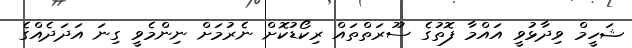
ޝަހީމް ވިދާޅުވީ އައްމާ ފޮތުގެ ސޫރަތްތައް ރިކޯޑުކޮށް ނެރުމަށް ނިންމެވީ ގިނަ އަދަދެއްގެ